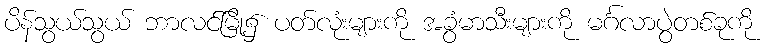
ပိန်သွယ်သွယ် ဘာလင်မြို့၌ ပတ်လုံးများကို အခွံမာသီးများကို မင်္ဂလာပွဲတစ်ခုကို